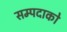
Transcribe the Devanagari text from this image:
सम्पदाको